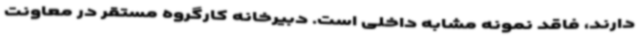
دارند، فاقد نمونه مشابه داخلی است. دبیرخانه کارگروه مستقر در معاونت